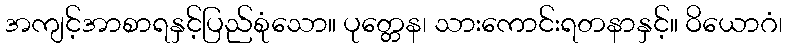
အကျင့်အာစာရနှင့်ပြည်စုံသော။ ပုတ္တေန၊ သားကောင်းရတနာနှင့်။ ဝိယောဂံ၊